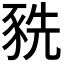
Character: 𧱀